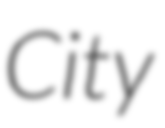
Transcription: City